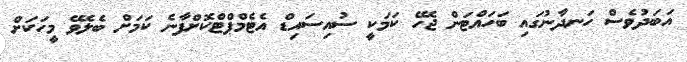
އަބަދުވެސް ހަނދާނުގައި ބަހައްޓަން ޖެހޭ ކަމަކީ ސުއިސައިޑް އެޓެމްޕްޓްކޮށްފާނެ ކަމަށް ބެލެވޭ މީހަކަށް